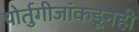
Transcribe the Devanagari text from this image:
पोर्तुगीजांकडूनही